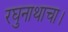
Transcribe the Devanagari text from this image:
रघुनाथाचा।